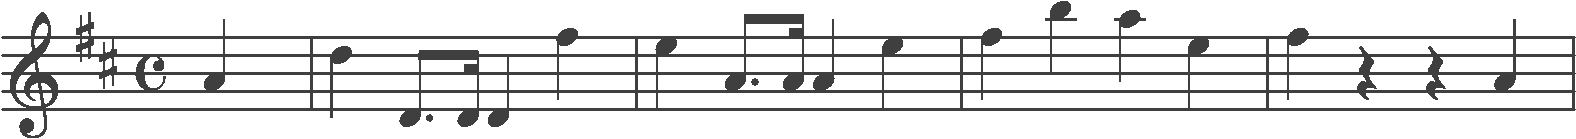
Transcription: clef-G2 keySignature-DM timeSignature-C note-A4_quarter barline note-D5_quarter note-D4_eighth. note-D4_sixteenth note-D4_quarter note-F#5_quarter barline note-E5_quarter note-A4_eighth. note-A4_sixteenth note-A4_quarter note-E5_quarter barline note-F#5_quarter note-B5_quarter note-A5_quarter note-E5_quarter barline note-F#5_quarter rest-quarter rest-quarter note-A4_quarter barline